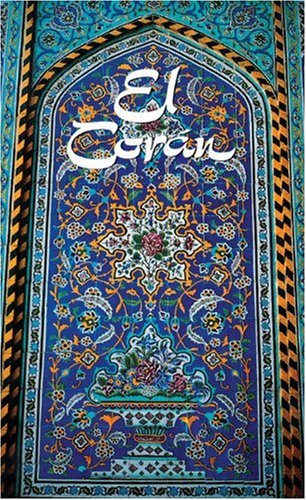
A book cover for El Coran (The Koran, Spanish-Language Edition) (Spanish Edition); Julio Cortes; Religion & Spirituality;